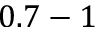
0 . 7 - 1